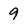
Character: 9